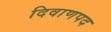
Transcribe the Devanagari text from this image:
दिवाणपद